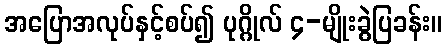
အပြောအလုပ်နှင့်စပ်၍ ပုဂ္ဂိုလ် ၄-မျိုးခွဲပြခန်း။